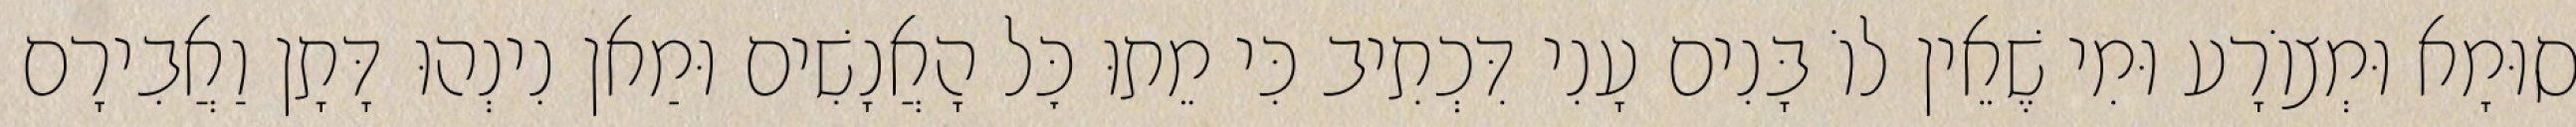
סוּמָא וּמְצוֹרָע וּמִי שֶׁאֵין לוֹ בָּנִים עָנִי דִּכְתִיב כִּי מֵתוּ כׇּל הָאֲנָשִׁים וּמַאן נִינְהוּ דָּתָן וַאֲבִירָם